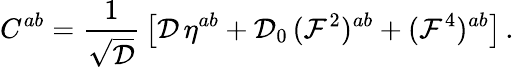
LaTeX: C^{ab}={\frac{1}{\sqrt{\cal D}}}\left[{\cal D}\, \eta^{ab}+{\cal D}_{0}\, ({\cal F}^{2})^{ab}+({\cal F}^{4})^{ab}\right]\, .